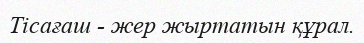
Тісағаш - жер жыртатын құрал.